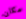
مكان